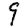
Digit: 9